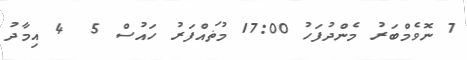
7 ނޮވެމްބަރު މެންދުފަހު 17:00 މުޡައްފަރު ހައުސް 5  4 އިމާދު